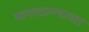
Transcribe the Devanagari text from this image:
मागाठाण्याच्या